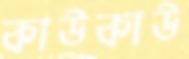
কাউকাউ